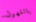
ياللهول